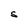
Character: S